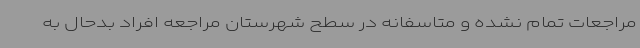
مراجعات تمام نشده و متاسفانه در سطح شهرستان مراجعه افراد بدحال به